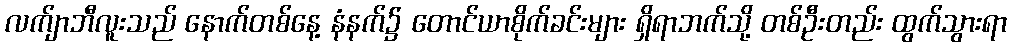
လက်ျာဘီလူးသည် နောက်တစ်နေ့ နံနက်၌ တောင်ယာစိုက်ခင်းများ ရှိရာဘက်သို့ တစ်ဦးတည်း ထွက်သွားရာ